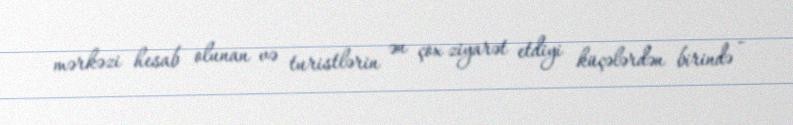
mərkəzi hesab olunan və turistlərin ən çox ziyarət etdiyi küçələrdən birində -